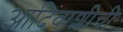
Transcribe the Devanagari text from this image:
आदिवाशीची